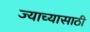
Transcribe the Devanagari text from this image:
ज्याच्यासाठी